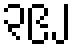
၃၉၂